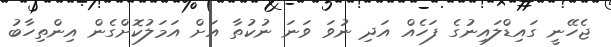
ޖެހޭނީ ގައިޑްލައިނުގެ ފަހެއް އަދި ނުވަ ވަނަ ނުކުތާ އަށް އަމަލުކޮށްގެން އިންތިހާބު